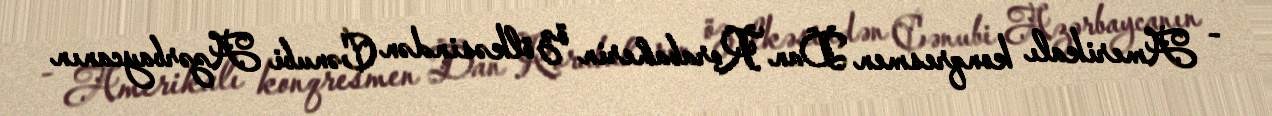
- Amerikalı konqresmen Dan Rorabaherin öz ölkəsindən Cənubi Azərbaycanın